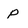
Character: P